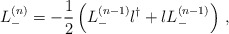
\begin{align*}L_-^{(n)} =-\frac 12 \left( L_-^{(n-1)}l^\dag +lL_-^{(n-1)} \right)\, ,\end{align*}